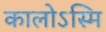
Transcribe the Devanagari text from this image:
कालोऽस्मि